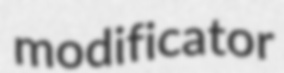
modificator